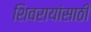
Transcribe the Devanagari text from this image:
शिवरायांसाठी